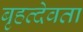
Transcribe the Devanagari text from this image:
बृहत्देवता